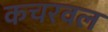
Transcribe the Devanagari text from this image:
कचरवल